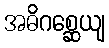
အဓိဂစ္ဆေယျ